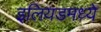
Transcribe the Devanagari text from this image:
इलियडमध्ये